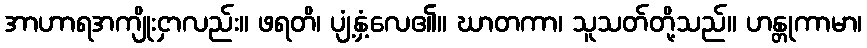
အာဟာရအကျိုးငှာလည်း။ ဖရတိ၊ ပျံ့နှံ့လေ၏။ ဃာတကာ၊ သူသတ်တို့သည်။ ဟန္တုကာမာ၊